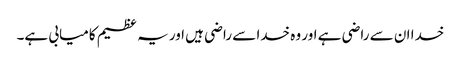
خدا ان سے راضی ہے اور وہ خدا سے راضی ہیں اور یہ عظیم کامیابی ہے۔